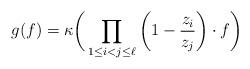
LaTeX: \begin{align*} g (f)= \kappa \bigg( \prod_{1\leq i < j\leq \ell} \left(1-\frac{z_i}{z_j}\bigg) \cdot f \right)\end{align*}